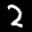
Label: 2